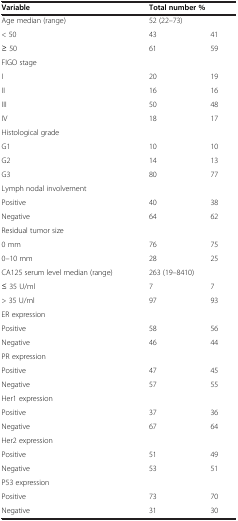
<table><thead><tr><td><b>Variable</b></td><td colspan="2"><b>Total number %</b></td></tr></thead><tbody><tr><td>Age median (range)</td><td colspan="2">52 (22–73)</td></tr><tr><td>&lt; 50</td><td>43</td><td>41</td></tr><tr><td>≥ 50</td><td>61</td><td>59</td></tr><tr><td>FIGO stage</td><td> </td><td> </td></tr><tr><td>I</td><td>20</td><td>19</td></tr><tr><td>II</td><td>16</td><td>16</td></tr><tr><td>III</td><td>50</td><td>48</td></tr><tr><td>IV</td><td>18</td><td>17</td></tr><tr><td>Histological grade</td><td> </td><td> </td></tr><tr><td>G1</td><td>10</td><td>10</td></tr><tr><td>G2</td><td>14</td><td>13</td></tr><tr><td>G3</td><td>80</td><td>77</td></tr><tr><td>Lymph nodal involvement</td><td> </td><td> </td></tr><tr><td>Positive</td><td>40</td><td>38</td></tr><tr><td>Negative</td><td>64</td><td>62</td></tr><tr><td>Residual tumor size</td><td> </td><td> </td></tr><tr><td>0 mm</td><td>76</td><td>75</td></tr><tr><td>0–10 mm</td><td>28</td><td>25</td></tr><tr><td>CA125 serum level median (range)</td><td colspan="2">263 (19–8410)</td></tr><tr><td>≤ 35 U/ml</td><td>7</td><td>7</td></tr><tr><td>&gt; 35 U/ml</td><td>97</td><td>93</td></tr><tr><td>ER expression</td><td> </td><td> </td></tr><tr><td>Positive</td><td>58</td><td>56</td></tr><tr><td>Negative</td><td>46</td><td>44</td></tr><tr><td>PR expression</td><td> </td><td> </td></tr><tr><td>Positive</td><td>47</td><td>45</td></tr><tr><td>Negative</td><td>57</td><td>55</td></tr><tr><td>Her1 expression</td><td> </td><td> </td></tr><tr><td>Positive</td><td>37</td><td>36</td></tr><tr><td>Negative</td><td>67</td><td>64</td></tr><tr><td>Her2 expression</td><td> </td><td> </td></tr><tr><td>Positive</td><td>51</td><td>49</td></tr><tr><td>Negative</td><td>53</td><td>51</td></tr><tr><td>P53 expression</td><td> </td><td> </td></tr><tr><td>Positive</td><td>73</td><td>70</td></tr><tr><td>Negative</td><td>31</td><td>30</td></tr></tbody></table>